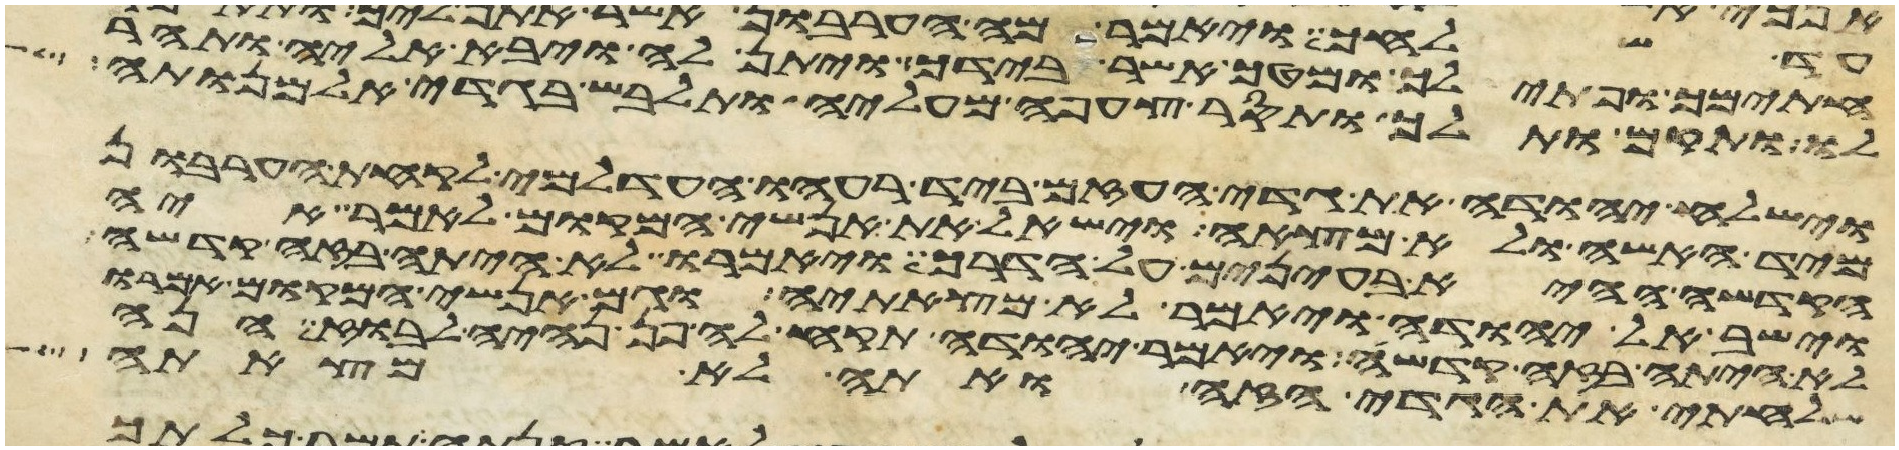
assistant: חתימך ופתילך ומטך אשר בידך ויתן לה ויבא אליה ותהר
לו ותקם ותלך ותסר צעיפה מעליה ותלבש בגדי אלמנותה
וישלח יהודה את גדי העזים ביד רעהו העדלמי לקחת הערבון
מיד האשה ולא מצאה וישאל את אנשי המקום לאמר איה
הקדשה ההיא בעינים על הדרך ויאמרו לא היתה בזה קדשה
וישב אל יהודה ויאמר לא מצאתיה וגם אנשי המקום אמרו
לא היתה בזה קדשה ויאמר יהודה תקח לה פן נהיה לבוז הנה
שלחתי את הגדי הזה ואתה לא מצאתה